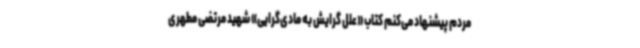
مردم پیشنهاد می‌کنم کتاب «علل گرایش به مادی‌گرایی» شهید مرتضی مطهری